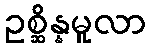
ဥစ္ဆိန္နမူလာ